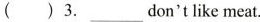
()3.___don't like meat.